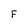
Character: F